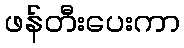
ဖန်တီးပေးကာ